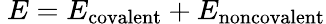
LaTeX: \ E=E_{\mathrm{covalent}}+E_{\mathrm{noncovalent}}